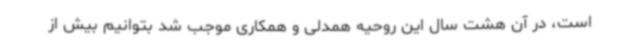
است، در آن هشت سال این روحیه همدلی و همکاری موجب شد بتوانیم بیش از